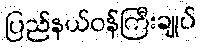
ပြည်နယ်ဝန်ကြီးချုပ်